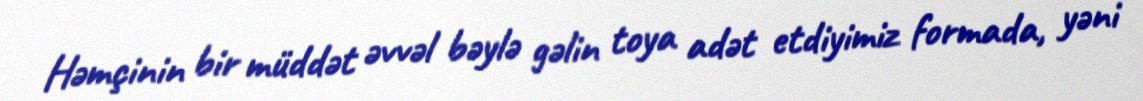
Həmçinin bir müddət əvvəl bəylə gəlin toya adət etdiyimiz formada, yəni